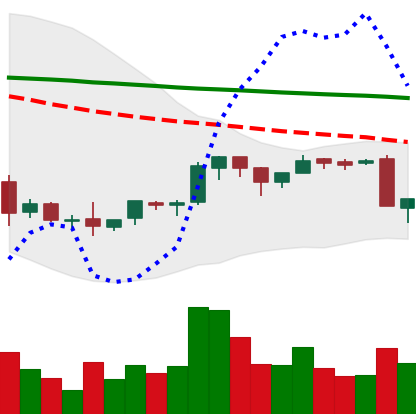
Ticker: BNB-USD
Chart end date: 2018-09-06
Forward return: -8.851%
Label: down_7plus